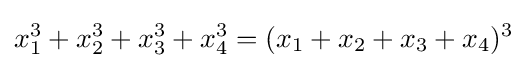
x_{1}^{3}+x_{2}^{3}+x_{3}^{3}+x_{4}^{3}=(x_{1}+x_{2}+x_{3}+x_{4})^{3}